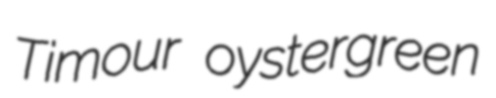
Timour oystergreen